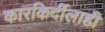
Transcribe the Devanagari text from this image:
कारकिर्दीलाही